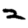
Digit: 2